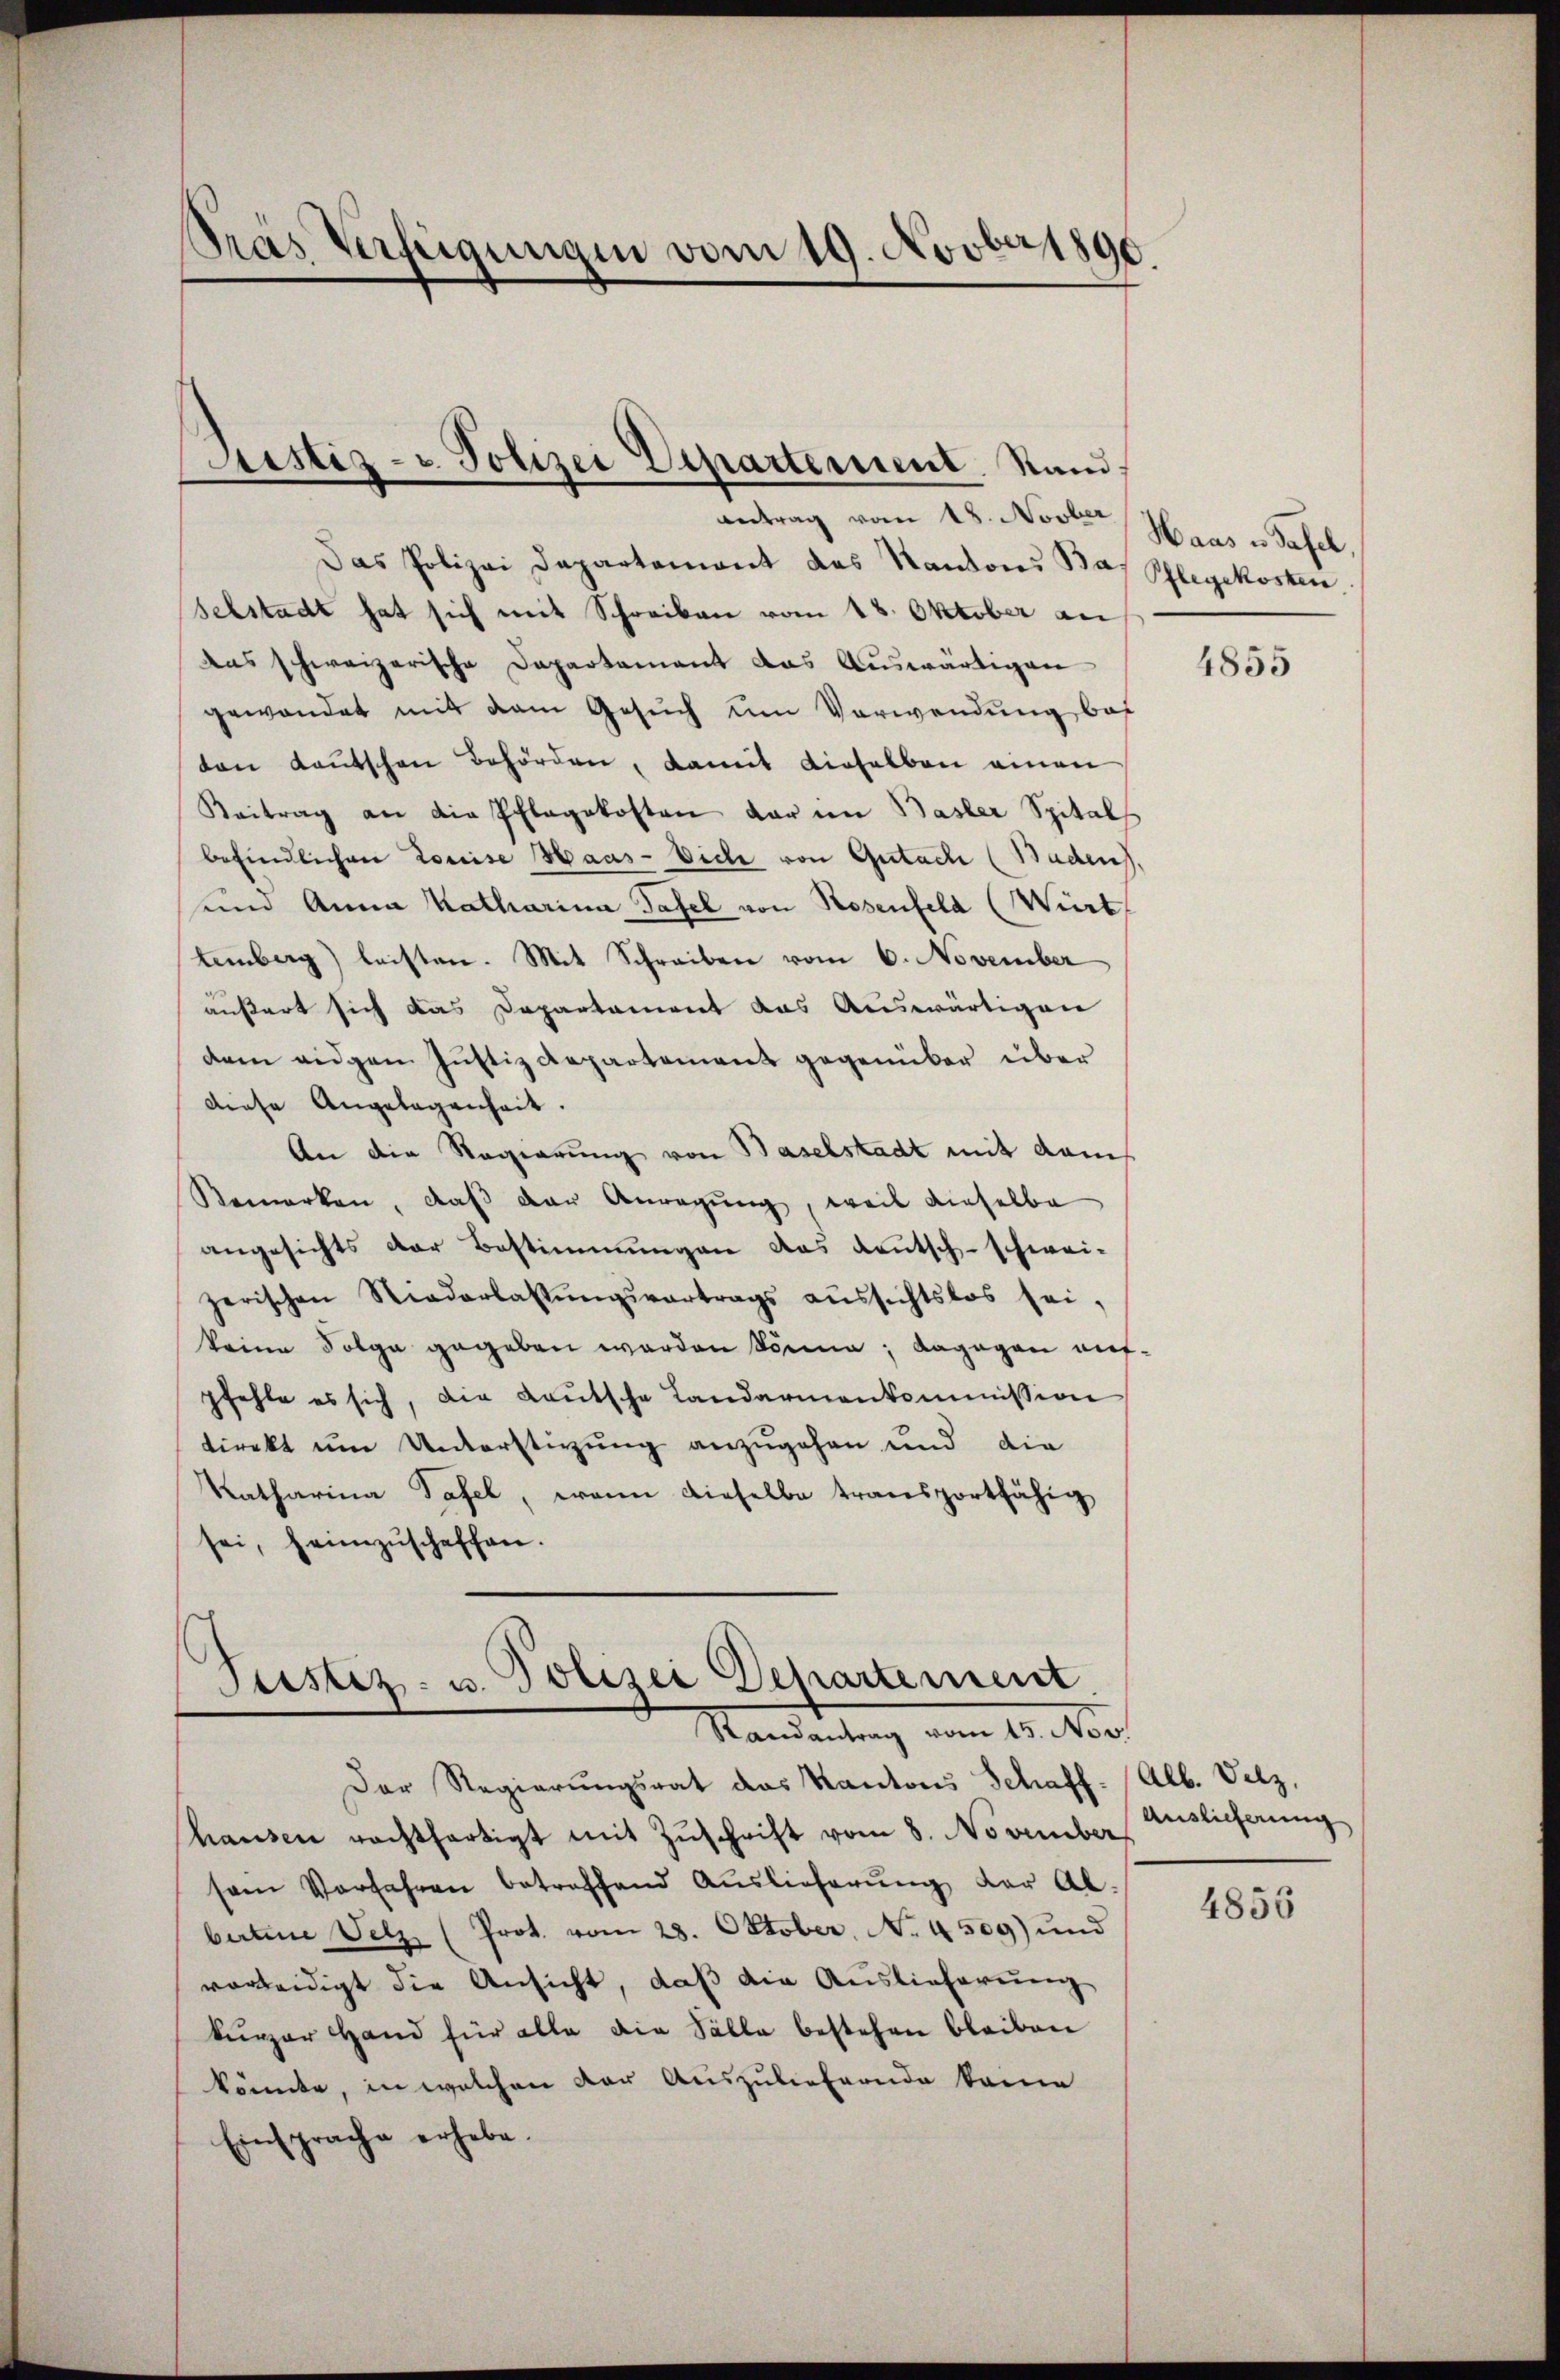
Stras Verfügungen vom 19. Novber 1890.

Justiz- u. Polizei Departement. Sand¬

Das Polizei Departemont das Kantons Bas Pflegekosten
selstadt hat sich mit Schreiben vom 18. Oktober an
Das schweizerische Departement das Auswärtigen
gewandet mit dem Gesuch um Verwendung bei
ton Kautschen Behörden, damit dieselben einen
Beitrag an die Pflegekosten dar im Basler Spital
befindlichen Louise Haus-Viehe von Gutach (Baden.
und Anna Katharina Tafel von Rosenfeld (Wirt
temberg) leisten. Mit Schreiben vom 6. November
äußert sich das Departament das Auswärtigen
dem eidgen Justiz Repartement gegenüber über
diese Angelegenheit.
An die Regierung von Baselstadt mit dem
Remerken, daß der Anregung, weil dieselbe
angesichts der Bestimmungen das deutsch-schwei-
zerischen Niederlassŭngsvertrags aŭssichtslos sei,
keine Folge gegeben worden könne; dagegen aufpfehle es sich, die Lautsche Landarmenkommission
direkt um Unterstürzung anzugehen und die
Katharina Tafel, wenn dieselbe transportfähig
sei, heimzuscheffen.

Tristiz- u. Polizei Departement
Randantrag vom 15. Nov.

antrag vom 18. Novber Haas in Tafel

Der Regierungsrat das Kantons Schaff-
hausen nachtfertigt mit Zuschrift vom 8. November
sem Verfahren betreffend Auslieferŭng der Ab-
betene Velz (Prot. vom 28. Oktober. No. 4509) und
verleidigt die Ansicht, daß die Auslieferung
kurzer Hand für alle die Sälle bestehen bleiben
könnte, in welchen der Auszuliefernde kame
Einsprache erhebe.

4855

Alb. Velz,
Auslieferung

4856